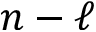
n - \ell